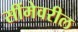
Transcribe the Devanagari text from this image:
सींमेवरील